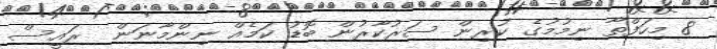
8 މިހަފްތާ ނިމުމުގެ ކުރިން ސަރުކާރުން ބޮޑު ކަމެއް ނިންމާނަން  ރައީސް